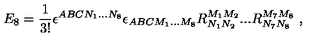
E _ { 8 } = { \frac { 1 } { 3 ! } } \epsilon ^ { A B C N _ { 1 } . . . N _ { 8 } } \epsilon _ { A B C M _ { 1 } . . . M _ { 8 } } R _ { N _ { 1 } N _ { 2 } } ^ { M _ { 1 } M _ { 2 } } . . . R _ { N _ { 7 } N _ { 8 } } ^ { M _ { 7 } M _ { 8 } } \ ,